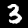
Digit: 3